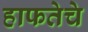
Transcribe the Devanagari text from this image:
हाफतेचे